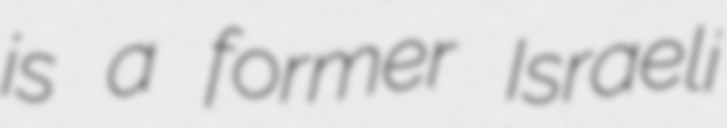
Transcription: is a former Israeli